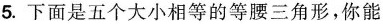
5.下面是五个大小相等的等腰三角形，你能